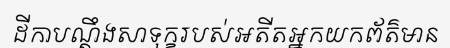
ដីកាបណ្តឹងសាទុក្ខរបស់អតីតអ្នកយកព័ត៌មាន